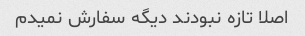
اصلا تازه نبودند دیگه سفارش نمیدم